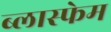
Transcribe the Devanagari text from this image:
ब्लास्फेम